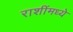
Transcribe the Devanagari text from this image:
राशींमध्ये